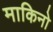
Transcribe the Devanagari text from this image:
माकिनो